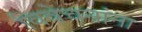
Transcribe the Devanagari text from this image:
विवेचनांना